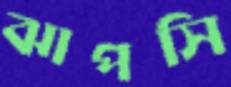
ঝাপসি